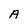
Character: A